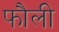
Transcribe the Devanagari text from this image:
फौली